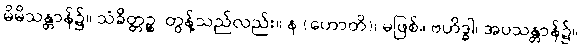
မိမိသန္တာန်၌။ သံခိတ္တဉ္စ၊ တွန့်သည်လည်း။ န (ဟောတိ)၊ မဖြစ်။ ဗဟိဒ္ဓါ၊ အပသန္တာန်၌။